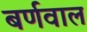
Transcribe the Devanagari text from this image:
बर्णवाल